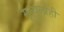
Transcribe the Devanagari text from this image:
मृत्यूलाही